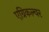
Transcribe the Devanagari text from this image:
एग्रिकल्चर